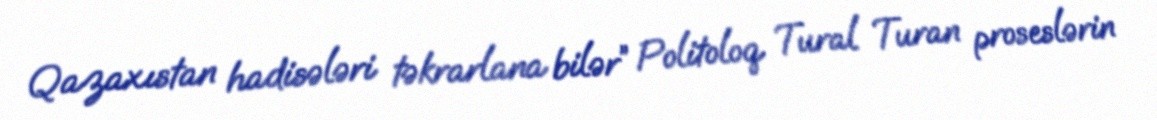
Qazaxıstan hadisələri təkrarlana bilər” Politoloq Tural Turan proseslərin